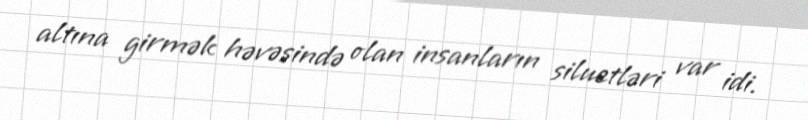
altına girmək həvəsində olan insanların siluetləri var idi.